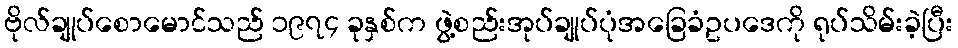
ဗိုလ်ချုပ်စောမောင်သည် ၁၉၇၄ ခုနှစ်က ဖွဲ့စည်းအုပ်ချုပ်ပုံအခြေခံဥပဒေကို ရုပ်သိမ်းခဲ့ပြီး